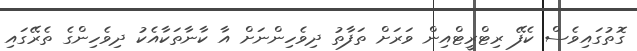
ގޮތުގައިވެސް ކެފޭ ރިޓްރީޓްއިން ވަރަށް ތަފާތު ދިވެހިންނަށް އާ ކާނާތަކާއެކު ދިވެހިންގެ ތެރޭގައި